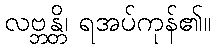
လဗ္ဘန္တိ၊ ရအပ်ကုန်၏။